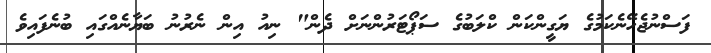
ފަސްނުޖެހޭނެކަމުގެ ޔަގީންކަން ކްލަބުގެ ސަޕޯޓަރުންނަށް ދެން" ނިއު އިން ނެރުނު ބަޔާނެއްގައި ބުނެފައިވެ